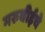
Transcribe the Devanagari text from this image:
मरुबीईचे